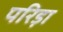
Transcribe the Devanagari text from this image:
परिड़ा